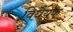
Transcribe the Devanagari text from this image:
विधैयक